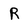
Character: R